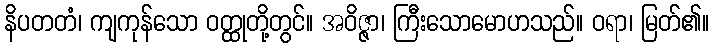
နိပတတံ၊ ကျကုန်သော ဝတ္ထုတို့တွင်။ အဝိဇ္ဇာ၊ ကြီးသောမောဟသည်။ ဝရာ၊ မြတ်၏။